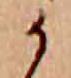
か